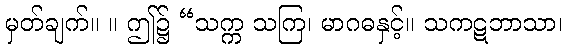
မှတ်ချက်။ ။ ဤ၌ “သက္က သကြ၊ မာဂဓနှင့်။ သကဋဘာသာ၊